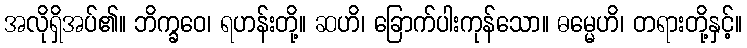
အလိုရှိအပ်၏။ ဘိက္ခဝေ၊ ရဟန်းတို့။ ဆဟိ၊ ခြောက်ပါးကုန်သော။ ဓမ္မေဟိ၊ တရားတို့နှင့်။